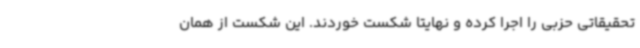
تحقیقاتی حزبی را اجرا کرده و نهایتاً شکست خوردند. این شکست از همان